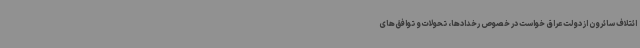
ائتلاف سائرون از دولت عراق خواست در خصوص رخدادها، تحولات و توافق‌های